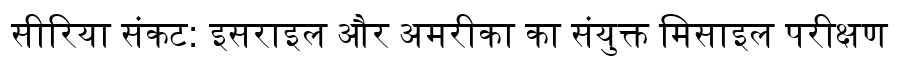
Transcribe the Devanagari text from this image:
सीरिया संकट: इसराइल और अमरीका का संयुक्त मिसाइल परीक्षण